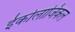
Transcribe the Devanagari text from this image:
ईकोलाजिकल